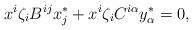
LaTeX: \begin{align*}x^i\zeta_iB^{ij}x^*_j+x^i\zeta_iC^{i\alpha}y^*_\alpha=0,\end{align*}